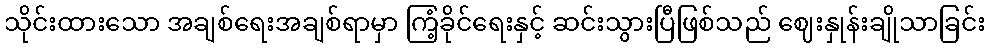
သိုင်းထားသော အချစ်ရေးအချစ်ရာမှာ ကြံ့ခိုင်ရေးနှင့် ဆင်းသွားပြီဖြစ်သည် ဈေးနှုန်းချိုသာခြင်း